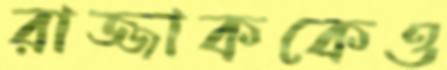
রাজ্জাককেও